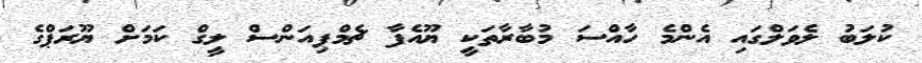
ކުލަބު ލެވަލްގައި އެންމެ ހާއްސަ މުބާރާތަކީ ޔޫއެފާ ޗެމްޕިއަންސް ލީގް ކަމަށް ޔޫރަޕްގެ